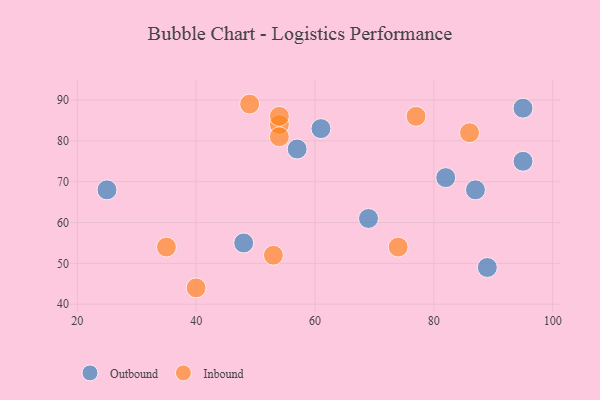
{"axis": {"x": "GDP", "y": "Life Expectancy"}, "legend": ["Inbound", "Outbound"], "data": [{"x": "48", "y": 55, "type": "Outbound"}, {"x": "87", "y": 68, "type": "Outbound"}, {"x": "82", "y": 71, "type": "Outbound"}, {"x": "61", "y": 83, "type": "Outbound"}, {"x": "69", "y": 61, "type": "Outbound"}, {"x": "57", "y": 78, "type": "Outbound"}, {"x": "89", "y": 49, "type": "Outbound"}, {"x": "95", "y": 75, "type": "Outbound"}, {"x": "95", "y": 88, "type": "Outbound"}, {"x": "25", "y": 68, "type": "Outbound"}, {"x": "54", "y": 84, "type": "Inbound"}, {"x": "53", "y": 52, "type": "Inbound"}, {"x": "74", "y": 54, "type": "Inbound"}, {"x": "77", "y": 86, "type": "Inbound"}, {"x": "49", "y": 89, "type": "Inbound"}, {"x": "54", "y": 86, "type": "Inbound"}, {"x": "86", "y": 82, "type": "Inbound"}, {"x": "35", "y": 54, "type": "Inbound"}, {"x": "40", "y": 44, "type": "Inbound"}, {"x": "54", "y": 81, "type": "Inbound"}]}